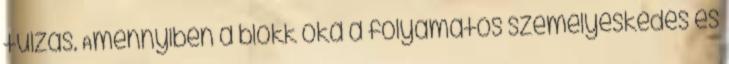
túlzás. Amennyiben a blokk oka a folyamatos személyeskedés és